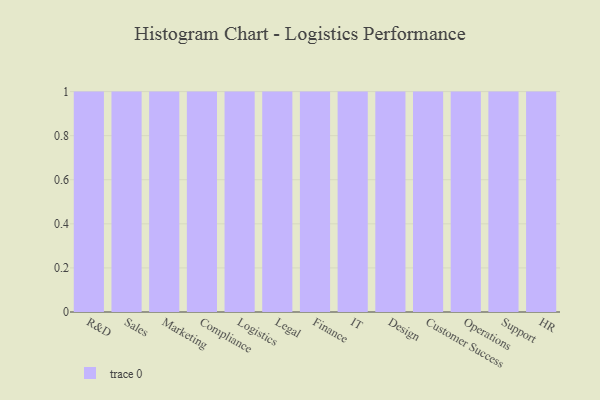
{"axis": {"x": "Department", "y": "Page Views"}, "legend": [""], "data": [{"x": "R&D", "y": 45, "type": ""}, {"x": "Sales", "y": 74, "type": ""}, {"x": "Marketing", "y": 9, "type": ""}, {"x": "Compliance", "y": 43, "type": ""}, {"x": "Logistics", "y": 40, "type": ""}, {"x": "Legal", "y": 17, "type": ""}, {"x": "Finance", "y": 29, "type": ""}, {"x": "IT", "y": 61, "type": ""}, {"x": "Design", "y": 56, "type": ""}, {"x": "Customer Success", "y": 76, "type": ""}, {"x": "Operations", "y": 43, "type": ""}, {"x": "Support", "y": 44, "type": ""}, {"x": "HR", "y": 99, "type": ""}]}